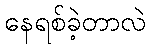
နေရစ်ခဲ့တာလဲ